Leprosy in India: report of the Leprosy Commission in India, 1890-91
Year: 1890
Disease focus: Leprosy
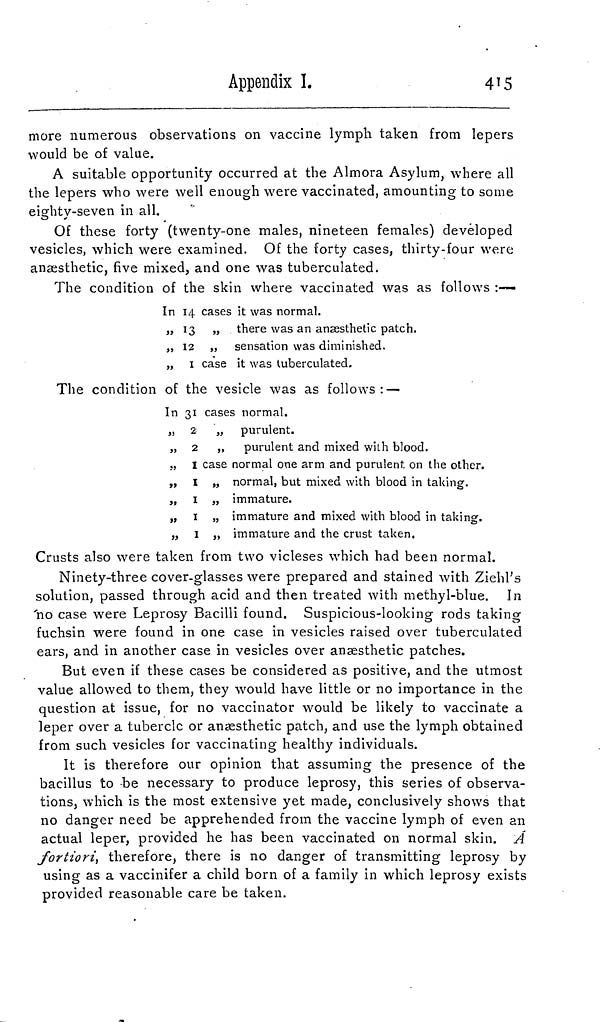
Appendix I.
415
more numerous observations on vaccine lymph taken from lepers
would be of value.
A suitable opportunity occurred at the Almora Asylum, where all
the lepers who were well enough were vaccinated, amounting to some
eighty-seven in all.
Of these forty (twenty-one males, nineteen females) developed
vesicles, which were examined. Of the forty cases, thirty-four were
anaesthetic, five mixed, and one was tuberculated.
The condition of the skin where vaccinated was as follows :—
In 14 cases it was normal.
„13 „ there was an anaesthetic patch.
„ 12 „ sensation was diminished.
„ I case it was tuberculated.
The condition of the vesicle was as follows: —
In 31 cases normal.
„ 2 „ purulent.
„ 2 „ purulent and mixed with blood.
., I case normal one arm and purulent on the other.
„ I „ normal, but mixed with blood in taking.
„ I „ immature.
„ I „ immature and mixed with blood in taking.
„ I „ immature and the crust taken.
Crusts also were taken from two vicleses which had been normal.
Ninety-three cover-glasses were prepared and stained with Ziehl's
solution, passed through acid and then treated with methyl-blue. In
'no case were Leprosy Bacilli found. Suspicious-looking rods taking
fuchsin were found in one case in vesicles raised over tuberculated
ears, and in another case in vesicles over anaesthetic patches.
But even if these cases be considered as positive, and the utmost
value allowed to them, they would have little or no importance in the
question at issue, for no vaccinator would be likely to vaccinate a
leper over a tubercle or anaesthetic patch, and use the lymph obtained
from such vesicles for vaccinating healthy individuals.
It is therefore our opinion that assuming the presence of the
bacillus to be necessary to produce leprosy, this series of observa-
tions, which is the most extensive yet made, conclusively shows that
no danger need be apprehended from the vaccine lymph of even an
actual leper, provided he has been vaccinated on normal skin. Á
fortiori, therefore, there is no danger of transmitting leprosy by
using as a vaccinifer a child born of a family in which leprosy exists
provided reasonable care be taken.